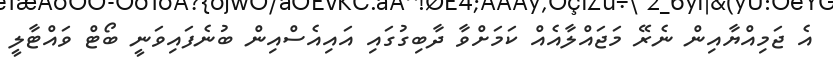
އެ ޖަމިއްޔާއިން ނެރޭ މަޖައްލާއެއް ކަމަށްވާ ދާބިގުގައި އައިއެސްއިން ބުނެފައިވަނީ ބޯޓް ވައްޓާލީ